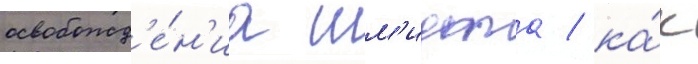
освобожд'е́н'иа шм'идта / ка́к